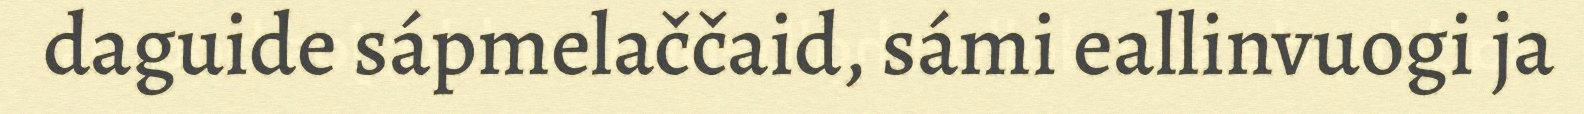
daguide sápmelaččaid, sámi eallinvuogi ja